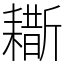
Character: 䎰